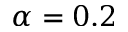
\alpha = 0 . 2